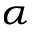
_ \alpha